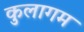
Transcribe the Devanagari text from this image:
कुलागम